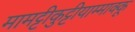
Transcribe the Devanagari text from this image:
मामट्टीकुट्टीयाम्माक्कू